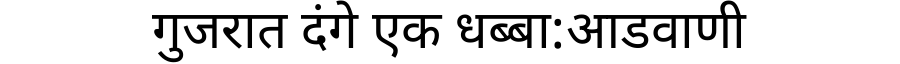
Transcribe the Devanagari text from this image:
गुजरात दंगे एक धब्बा:आडवाणी